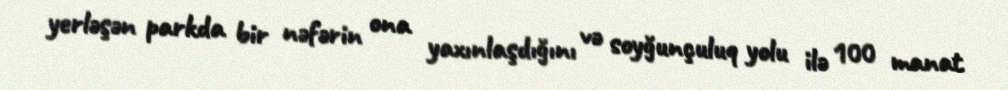
yerləşən parkda bir nəfərin ona yaxınlaşdığını və soyğunçuluq yolu ilə 100 manat